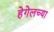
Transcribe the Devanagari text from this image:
हेगेलच्या